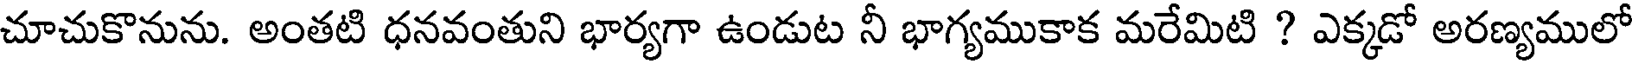
చూచుకొనును. అంతటి ధనవంతుని భార్యగా ఉండుట నీ భాగ్యముకాక మరేమిటి ? ఎక్కడో అరణ్యములో